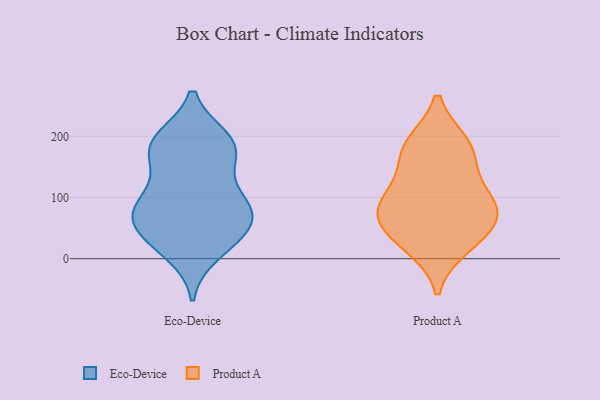
{"axis": {"x": "Revenue (USD Million)", "y": "Value"}, "legend": ["Eco-Device", "Product A"], "data": [{"x": "", "y": 189, "type": "Eco-Device"}, {"x": "", "y": 83, "type": "Eco-Device"}, {"x": "", "y": 58, "type": "Eco-Device"}, {"x": "", "y": 170, "type": "Eco-Device"}, {"x": "", "y": 34, "type": "Eco-Device"}, {"x": "", "y": 83, "type": "Eco-Device"}, {"x": "", "y": 147, "type": "Eco-Device"}, {"x": "", "y": 184, "type": "Eco-Device"}, {"x": "", "y": 78, "type": "Eco-Device"}, {"x": "", "y": 28, "type": "Eco-Device"}, {"x": "", "y": 10, "type": "Eco-Device"}, {"x": "", "y": 52, "type": "Eco-Device"}, {"x": "", "y": 83, "type": "Eco-Device"}, {"x": "", "y": 195, "type": "Eco-Device"}, {"x": "", "y": 102, "type": "Eco-Device"}, {"x": "", "y": 191, "type": "Eco-Device"}, {"x": "", "y": 60, "type": "Product A"}, {"x": "", "y": 188, "type": "Product A"}, {"x": "", "y": 129, "type": "Product A"}, {"x": "", "y": 88, "type": "Product A"}, {"x": "", "y": 30, "type": "Product A"}, {"x": "", "y": 20, "type": "Product A"}, {"x": "", "y": 86, "type": "Product A"}, {"x": "", "y": 188, "type": "Product A"}, {"x": "", "y": 90, "type": "Product A"}, {"x": "", "y": 167, "type": "Product A"}, {"x": "", "y": 62, "type": "Product A"}]}